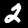
Label: 2